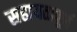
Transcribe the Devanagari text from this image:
सहायतापूर्ण